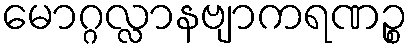
မောဂ္ဂလ္လာနဗျာကရဏဉ္စ